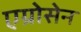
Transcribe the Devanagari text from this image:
एग्रोसेन